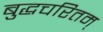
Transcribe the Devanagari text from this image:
बुद्धचरितम्‌